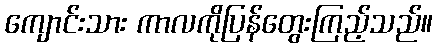
ကျောင်းသား ကာလကိုပြန်တွေးကြည့်သည်။